Reports on dispensaries and lunatic asylums in the Province of Oudh - 1869-1876
Year: 1869
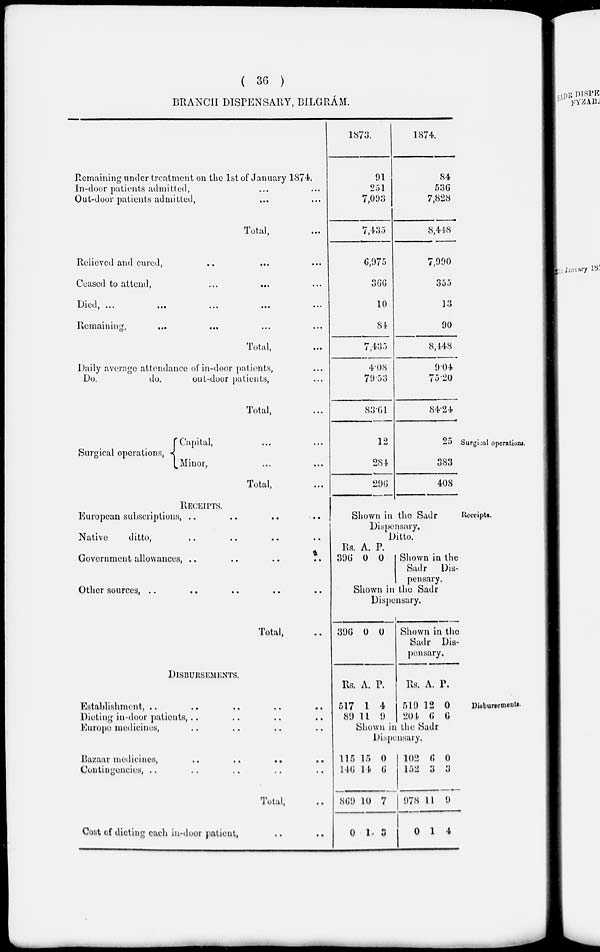
( 36 )
BRANCH DISPENSARY, BILGRÁM.
Remaining under treatment on the 1st of January 1874.
In-door patients admitted, ... ...
Out-door patients admitted, ... ...
Total, ...
Relieved and cured, ... ... ...
Ceased to attend, ... ... ...
Died, ... ... ... ... ...
Remaining,
...
...
...
...
Total,
...
Daily average attendance of in-door patients, ...
Do.
do.
out-door patients, ...
Total, ...
1873.
91
251
7,093
7,435
6,975
366
10
84
7,435
4.08
79.53
83.61
1874.
84
536
7,828
8,448
7,990
355
13
90
8,448
9.04
75.20
84.24
Surgical operations.
Surgical operations,
Capital,
Minor,
... ...
... ...
Total, ...
12
284
296
25
383
408
Receipts.
RECEIPTS.
European subscriptions, .. .. .. ..
Native
ditto, .. .. .. ..
Government allowances, .. .. .. ..
Other sources,
..
..
..
..
..
Total, ..
Shown in the Sadr
Dispensary.
Ditto.
Rs.
396
A.
0
P.
0
Shown in the
Sadr
Dis-
pensary.
Shown in the Sadr
Dispensary.
396 0 0
Shown in the
Sadr Dis-
pensary.
Disbursements.
DISBURSEMENTS.
Establishment, .. .. .. .. ..
Dieting in-door patients, .. .. .. .. ..
Europe medicines, .. .. .. ..
Bazaar medicines,
..
..
..
..
Contingencies, .. .. .. .. ..
Total, ..
Cost of dieting each in-door patient, .. ..
Rs.
517
89
A.
1
11
P.
4
9
Rs.
510
204
A.
12
6
P.
0
6
Shown in the Sadr
Dispensary.
115
146
869
0
15
14
10
1
0
6
7
3
102
152
978
0
6
3
11
1
0
3
9
4